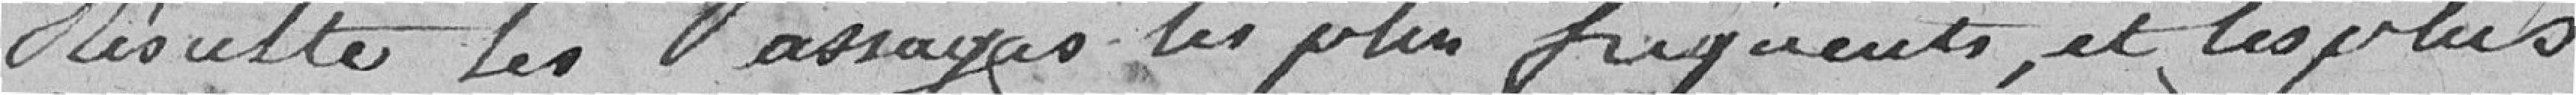
résulte les passages les plus fréquents et les plus